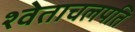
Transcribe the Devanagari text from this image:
श्वेताचलपति